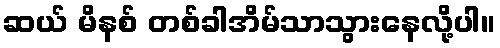
ဆယ် မိနစ် တစ်ခါအိမ်သာသွားနေလို့ပါ။